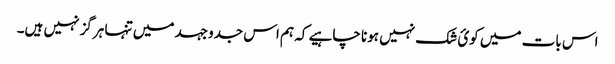
اس بات میں کوئ شک نہیں ہونا چاہیے کہ ہم اس جدوجہد میں تنہا ہرگز نہیں ہیں۔